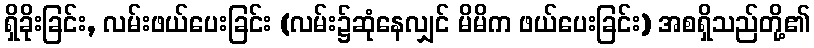
ရှိခိုးခြင်း, လမ်းဖယ်ပေးခြင်း (လမ်း၌ဆုံနေလျှင် မိမိက ဖယ်ပေးခြင်း) အစရှိသည်တို့၏